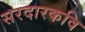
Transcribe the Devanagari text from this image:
सरदारकवि